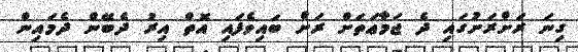
ގިނަ ރަށްރަށުގައި ދެ ޖަމާޢަތަށް ރަށް ބައިވެފައި އޮތް އިރު ދެބޭން ދެމައިން